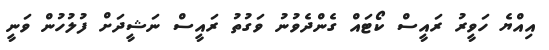
އިއްޔެ ހަވީރު ރައީސް ކޯޓައް ގެންދެވުނު ވަގުތު ރައީސް ނަޝީދަށް ފުލުހުން ވަނީ